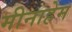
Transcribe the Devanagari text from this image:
मीनाहेम